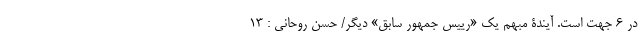
در 6 جهت است. آیندۀ مبهم یک «رییس جمهور سابق» دیگر/ حسن روحانی : 13